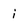
Character: i